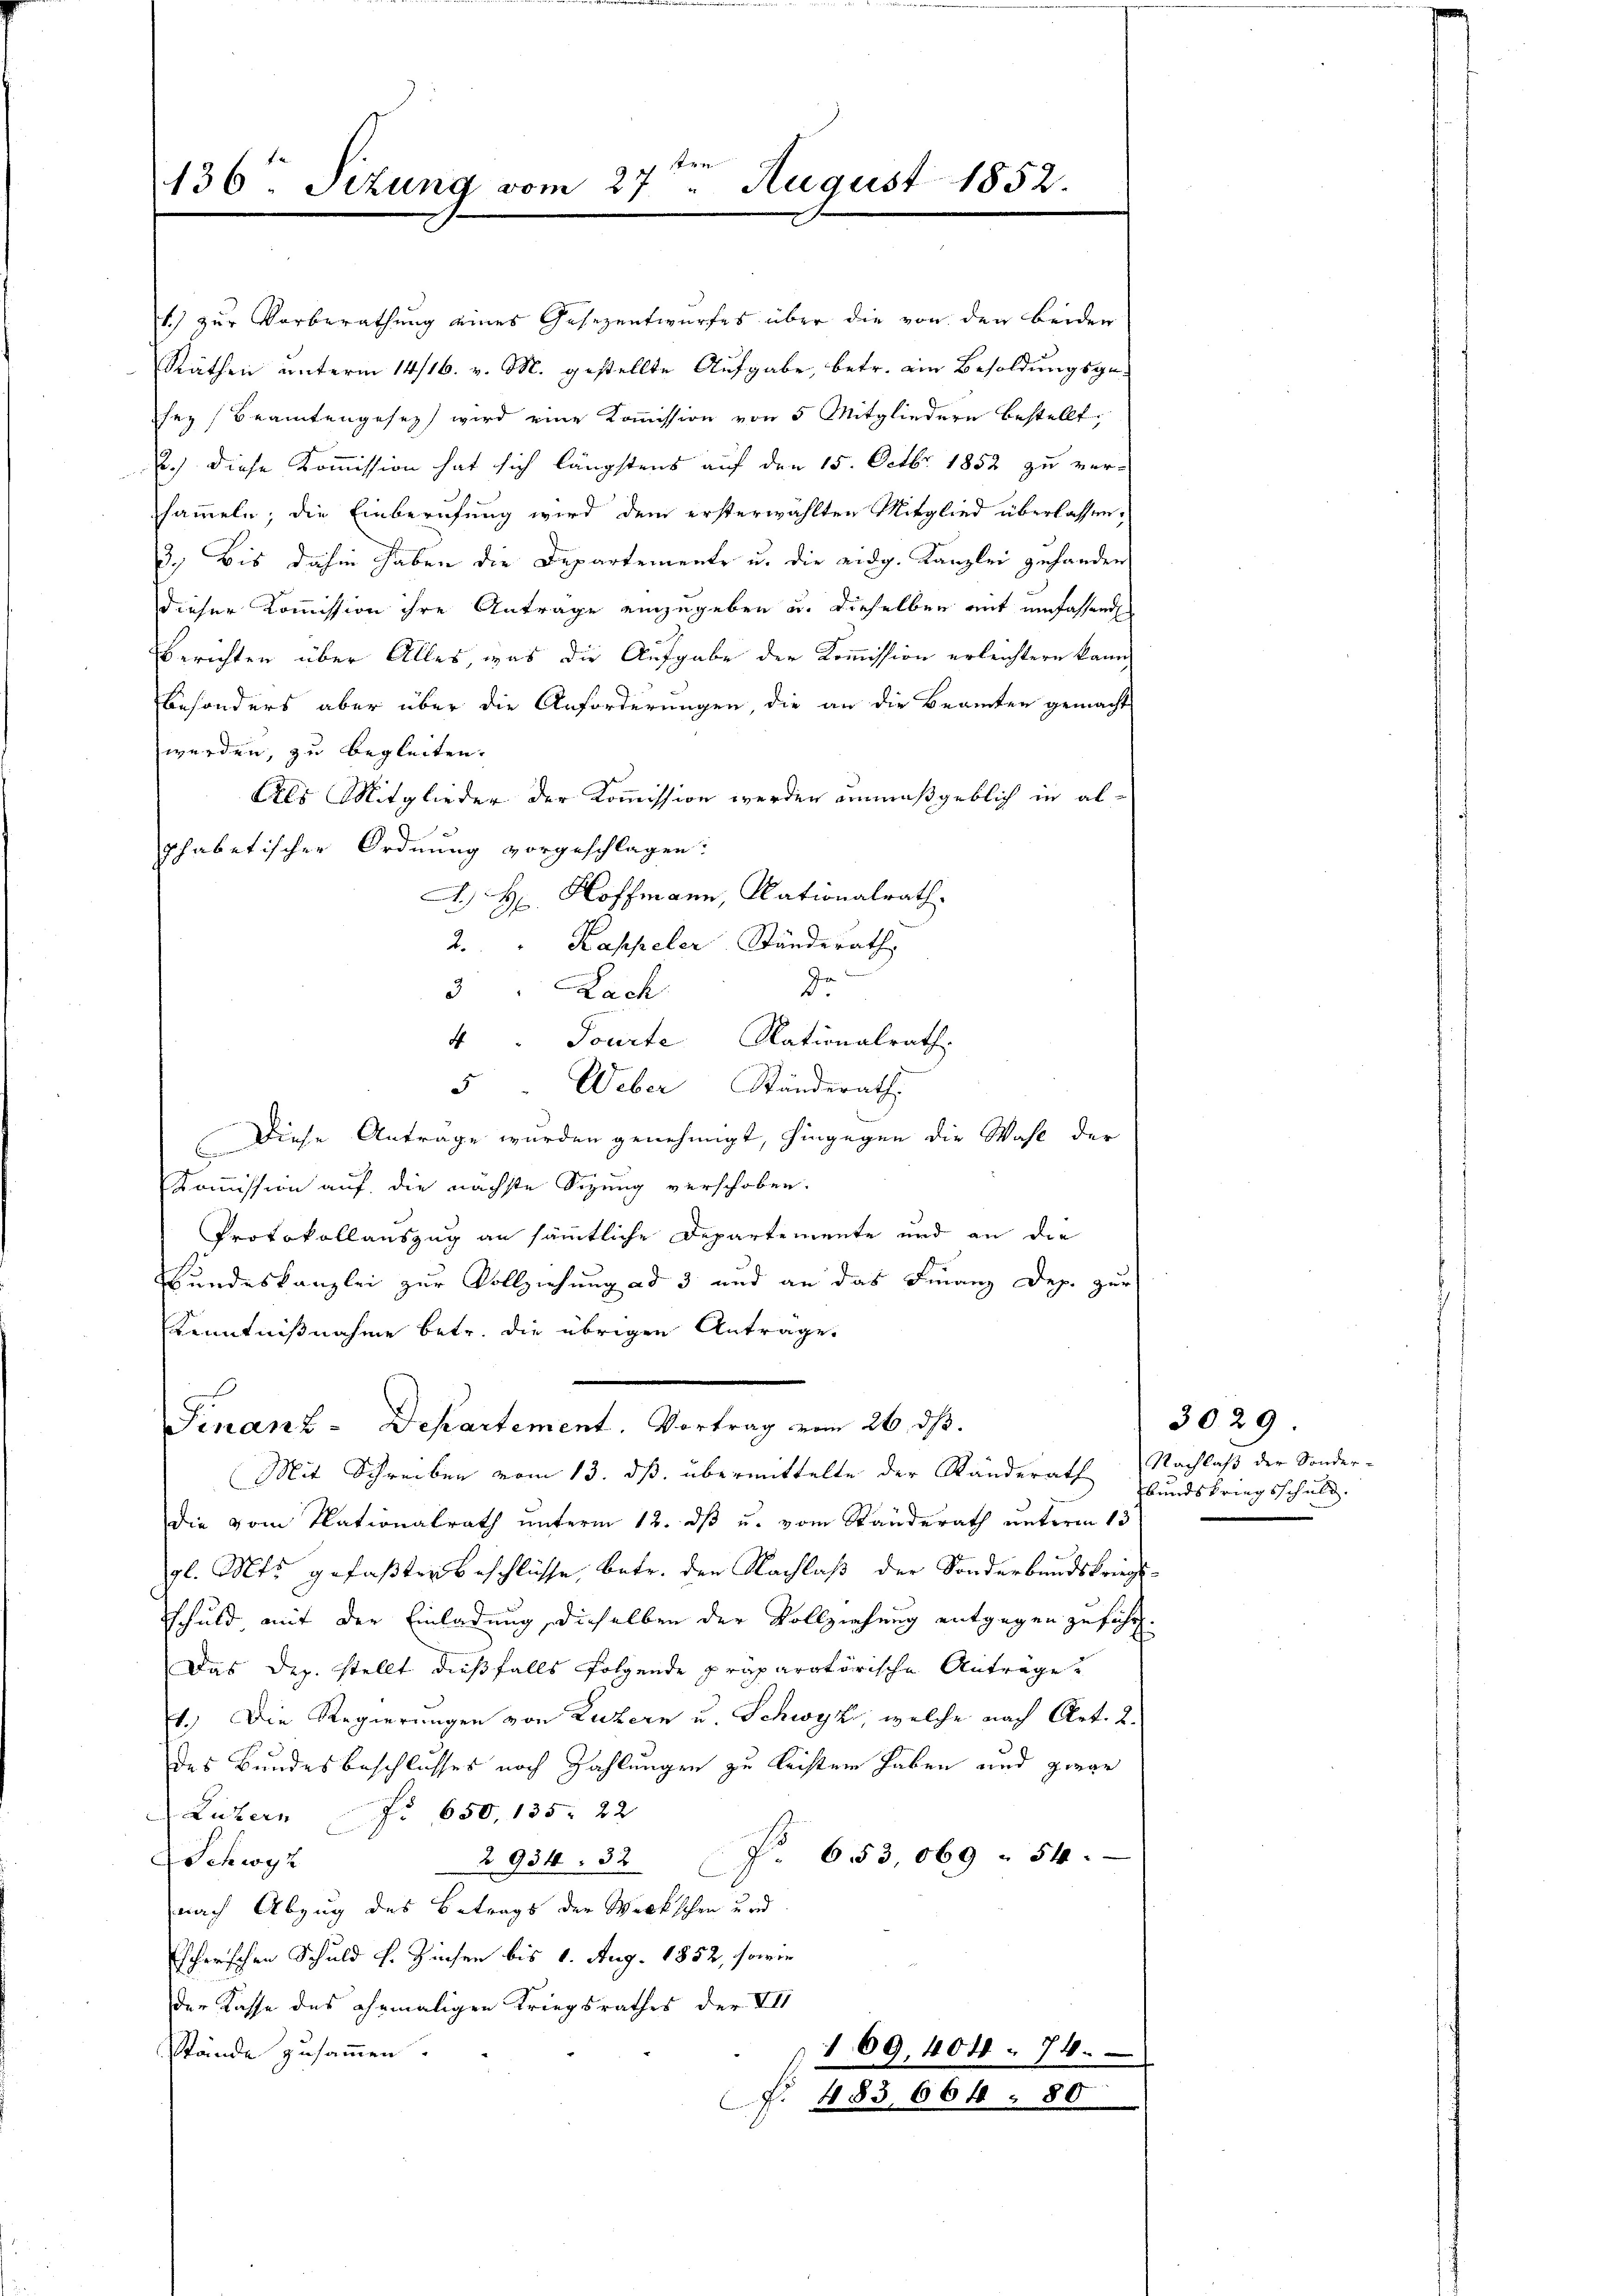
136. Sizung vom 27ten August 1852.

1) zur Vorberathung eines Gesezentwurfes über die von den beiden
Räthen unterm 14/16. v. M. gestellte Aufgabe, betr. ein Besoldungsgesey) Beamtengesetz wird eine Kommission von 5 Mitgliedern bestellt,
.) diese Kommission hat sich längstens auf den 15. Octbr. 1852 zu versammeln; die Einberufung wird dem ersterwählten Mitglied überlassen,
3.) Bis dahin haben die Departemente u. die eidg. Kanzlei gehanden
dieser Kommission ihre Antrage einzugeben u. dieselben mit umfassende
Berichten über Alles, was die Aufgabe der Kommission erleichtern kann,
Besonders aber über die Anforderungen, die an die Beamten gemacht
werden, zu begleiten.
Als Mitglieder der Kommission werden unmaßgeblich in alphabetischer Ordnung vorgeschlagen:
A. H. Hoffmann, Nationalrath.
2. " Kappeler Ständerath,
de
3 Lach
4" Pourte Nationalrath.
5 " Weber Ständerath.
Diese Anträge wurden genehmigt, hingegen die Wahl der
Kommission auf die nächste Sizung verschoben.
Protokollauszug an sämmtliche Departemente und an die
Bundeskanzlei zur Vollziehung ad 3 und an das Finanz Dep. zur
Kenntnißnahme betr. die übrigen Antrage
Finanz-Departement. Vortrag vom 26. ds.
Mit Schreiben vom 13. ds. übermittelte der Ränderath Nachlaß der Sonder-
die vom Nationalrath unterm 12. dß u. vom Standerath unterm 13
gl. Mts. gefaßten Beschlüsse, betr. den Nachlaß der Sonderbundskriegsschuld mit der Einladung, dieselben der Vollziehung entgegen zuführt.
Das Dez. stellt dießfalls folgende präparatorische Anträge
1.) Die Regierungen von Luzern u. Schwyz, welche nach Art. 2.
des Bundesbeschlusses noch Zahlungen zu leisten haben und ginge
Luzern f. 650, 135. 22
2934. 32 f. 653, 069 . 54.
Schwyz
nach Abzug des Betrags der Werkschen und
Escherischen Schuld H. Zinsen bis 1. Aug. 1852, sowie
der Kasse des ehemaligen Kriegsrathes der VII
stände zusammen.
169, 404. 74.
f. 483, 664. 80

3029.
Bundskriegsschuld